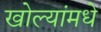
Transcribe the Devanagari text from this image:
खोल्यांमधे